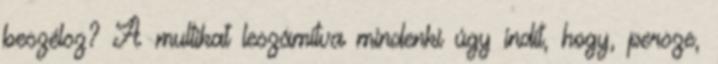
beszélsz? A multikat leszámítva mindenki úgy indít, hogy, persze,